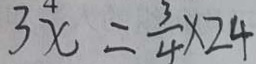
3 x = \frac { 3 } { 4 } \times 2 4